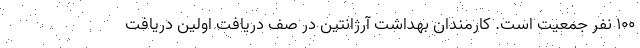
۱۰۰ نفر جمعیت است. کارمندان بهداشت آرژانتین در صف دریافت اولین دریافت